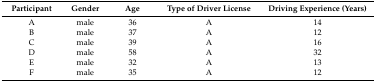
| Participant | Gender | Age | Type of Driver License | Driving Experience (Years) |
 | --- | --- | --- | --- | --- |
 | A | male | 36 | A | 14 |
 | B | male | 37 | A | 12 |
 | C | male | 39 | A | 16 |
 | D | male | 58 | A | 32 |
 | E | male | 32 | A | 13 |
 | F | male | 35 | A | 12 |